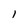
Character: 1